Lunatic asylums United Provinces 1899-1908 - 1899-1908
Year: 1899
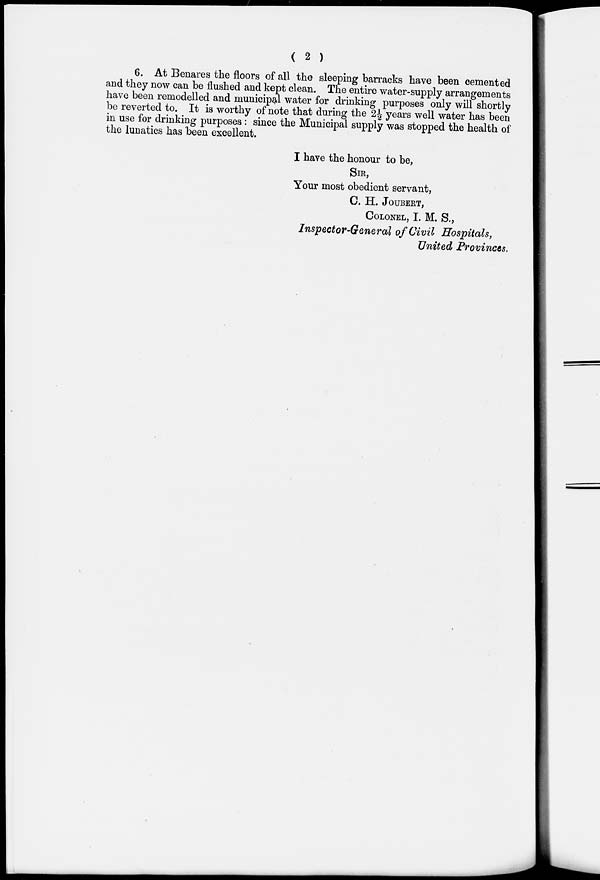
( 2 )
6. At Benares the floors of all the sleeping barracks have been cemented
and they now can be flushed and kept clean. The entire water-supply arrangements
have been remodelled and municipal water for drinking purposes only will shortly
be reverted to. It is worthy of note that during the 2 1/2 years well water has been
in use for drinking purposes: since the Municipal supply was stopped the health of
the lunatics has been excellent.
I have the honour to be,
SIR,
Your most obedient servant,
C. H. JOUBERT,
COLONEL, I. M. S.,
Inspector-General of Civil Hospitals,
United Provinces.